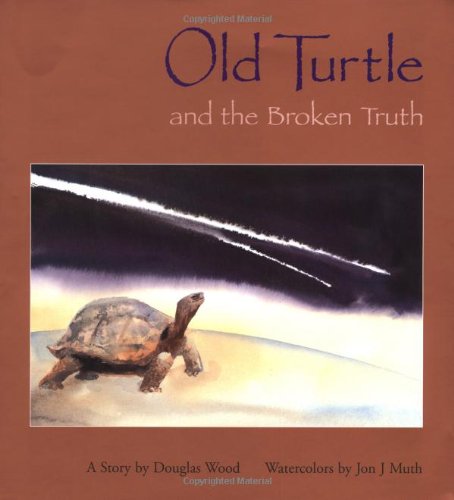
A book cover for Old Turtle And The Broken Truth; Douglas Wood; Children's Books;